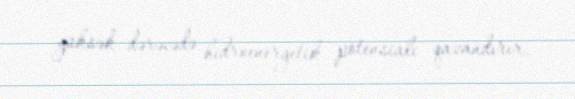
yüksək dərəcədə hidroenergetik potensialı qazandırır.